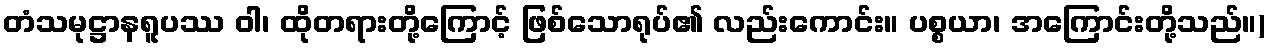
တံသမုဋ္ဌာနရူပဿ ဝါ၊ ထိုတရားတို့ကြောင့် ဖြစ်သောရုပ်၏ လည်းကောင်း။ ပစ္စယာ၊ အကြောင်းတို့သည်။)